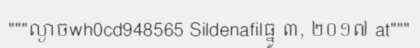
"""ល្ងាចwh0cd948565 Sildenafilធ្នូ ៣, ២០១៧ at"""